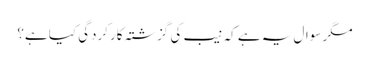
مگر سوال یہ ہے کہ نیب کی گزشتہ کارکردگی کیا ہے؟